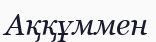
Аққұммен